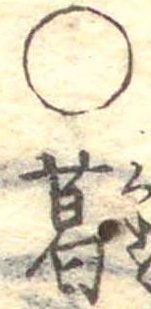
○葛